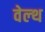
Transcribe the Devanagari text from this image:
वेल्‍थ